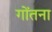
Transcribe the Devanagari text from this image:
गोंतना